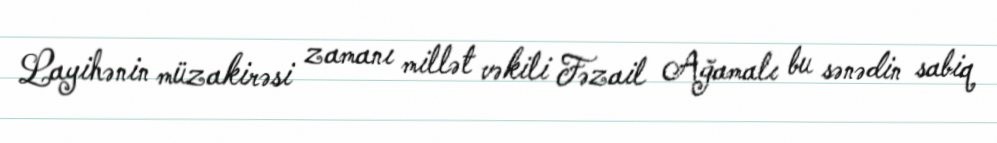
Layihənin müzakirəsi zamanı millət vəkili Fəzail Ağamalı bu sənədin sabiq